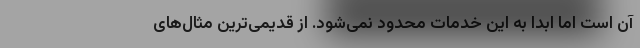
آن است اما ابدا به این خدمات محدود نمی‌شود. از قدیمی‌ترین مثال‌های